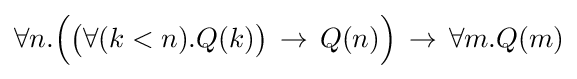
\forall n.{\Big (}{\big (}\forall (k<n).Q(k){\big )}\,\to \,Q(n){\Big )}\,\to \,\forall m.Q(m)